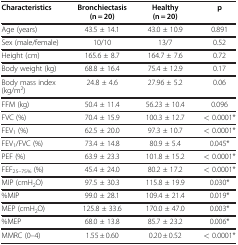
| Characteristics | Bronchiectasis (n = 20) | Healthy (n = 20) | p |
 | --- | --- | --- | --- |
 | Age (years) | 43.5 ± 14.1 | 43.0 ± 10.9 | 0.891 |
 | Sex (male/female) | 10/10 | 13/7 | 0.52 |
 | Height (cm) | 165.6 ± 8.7 | 164.7 ± 7.6 | 0.72 |
 | Body weight (kg) | 68.8 ± 16.4 | 75.4 ± 12.9 | 0.17 |
 | Body mass index (kg/m2) | 24.8 ± 4.6 | 27.96 ± 5.2 | 0.06 |
 | FFM (kg) | 50.4 ± 11.4 | 56.23 ± 10.4 | 0.096 |
 | FVC (%) | 70.4 ± 15.9 | 100.3 ± 12.7 | < 0.0001* |
 | FEV1 (%) | 62.5 ± 20.0 | 97.3 ± 10.7 | < 0.0001* |
 | FEV1/FVC (%) | 73.4 ± 14.8 | 80.9 ± 5.4 | 0.045* |
 | PEF (%) | 63.9 ± 23.3 | 101.8 ± 15.2 | < 0.0001* |
 | FEF25–75% (%) | 45.4 ± 24.0 | 80.2 ± 17.2 | < 0.0001* |
 | MIP (cmH2O) | 97.5 ± 30.3 | 115.8 ± 19.9 | 0.030* |
 | %MIP | 99.0 ± 28.1 | 109.4 ± 21.4 | 0.019* |
 | MEP (cmH2O) | 125.8 ± 33.6 | 170.0 ± 47.0 | 0.003* |
 | %MEP | 68.0 ± 13.8 | 85.7 ± 23.2 | 0.006* |
 | MMRC (0–4) | 1.55 ± 0.60 | 0.20 ± 0.52 | < 0.0001* |